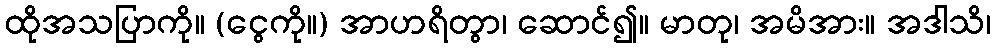
ထိုအသပြာကို။ (ငွေကို။) အာဟရိတွာ၊ ဆောင်၍။ မာတု၊ အမိအား။ အဒါသိ၊